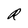
Character: R